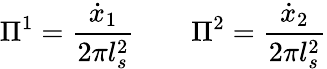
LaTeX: \Pi^{1}=\frac{\dot{x}_{1}}{2\pi l_{s}^{2}}\qquad\Pi^{2}=\frac{\dot{x}_{2}}{2\pi l_{s}^{2}}